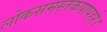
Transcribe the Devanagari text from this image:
लोकसमस्तकपापहरे।